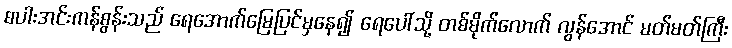
စပါးအင်းကန်စွန်းသည် ရေအောက်မြေပြင်မှနေ၍ ရေပေါ်သို့ တစ်မိုက်လောက် လွန်အောင် မတ်မတ်ကြီး